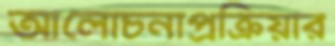
আলোচনাপ্রক্রিয়ার